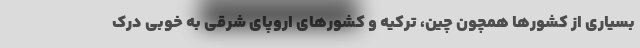
بسیاری از کشورها همچون چین، ترکیه و کشورهای اروپای شرقی به خوبی درک